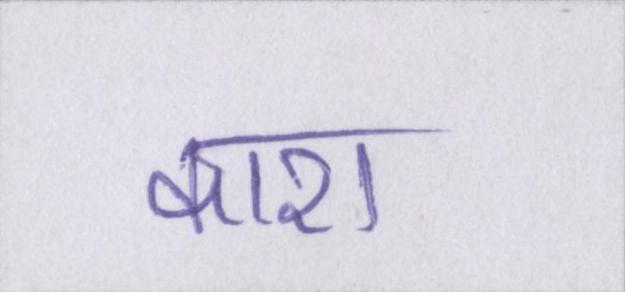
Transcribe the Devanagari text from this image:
काश